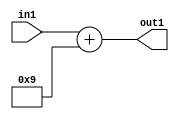
`timescale 1ps / 1ps
/*****************************************************************************
    Verilog RTL Description
    
    
    Created by: Stratus DpOpt 21.05.01 
*******************************************************************************/

module SobelFilter_Add2i9u4_1 (
	in1,
	out1
	); /* architecture "behavioural" */ 
input [3:0] in1;
output [4:0] out1;
wire [4:0] asc001;

assign asc001 = 
	+(in1)
	+(5'B01001);

assign out1 = asc001;
endmodule

/* CADENCE  urfzQww= : u9/ySxbfrwZIxEzHVQQV8Q== ** DO NOT EDIT THIS LINE ******/